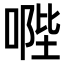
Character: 𠹯